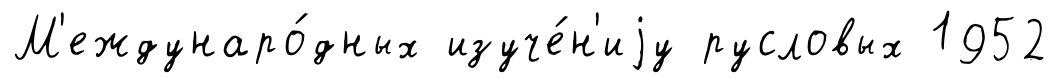
М'еждунаро́дных изуче́н'иjу русловых 1952